Report on vaccination in Madras 1877-1894 - 1877-1894
Year: 1877
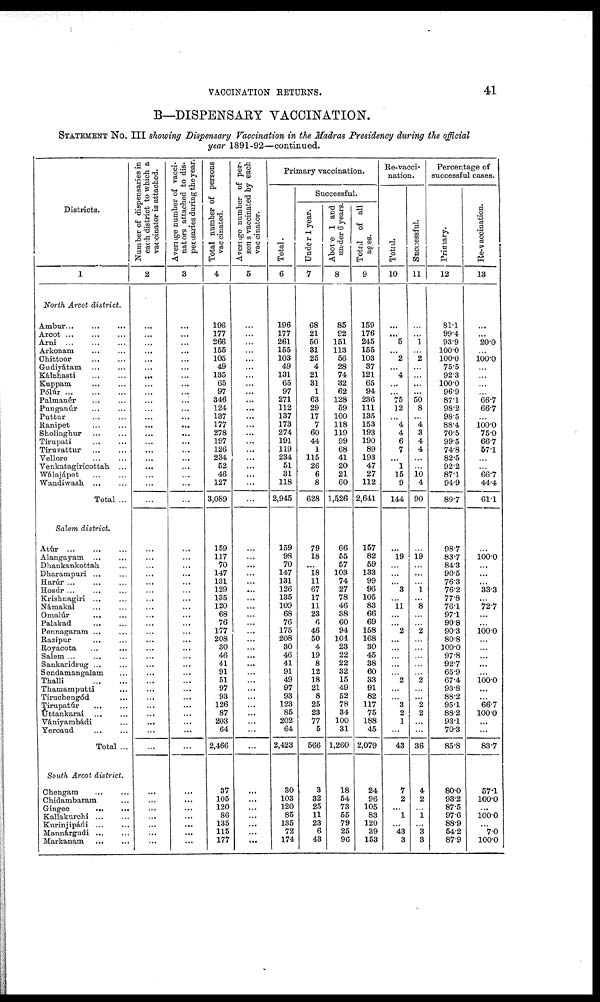
VACCINATION RETURNS.
41
B—DISPENSARY VACCINATION.
STATEMENT No. III showing Dispensary Vaccination in the Madras Presidency during the official
year 1891-92—continued.
Districts.
1
North Arcot district.
Ambur
...
...
...
Arcot
...
...
...
Arni ... ... ...
Arkonam
...
...
Chittoor
...
...
Gudiyátam
...
...
Kálahasti
...
...
Kuppam
...
...
Pólúr
...
...
...
Palmanér ... ...
Punganúr ... ...
Puttur
...
...
Ranipet
...
...
Sholinghur
...
...
Tirupati ... ...
Tiruvattur
...
...
Vellore ... ...
Venkatagiricottah ...
Wálajápet
...
...
Wandiwash ... ...
Total ...
Salem district.
Atúr
...
...
...
Alangayam ... ...
Dhankankottah ...
Dharampuri ... ...
Harúr ... ... ...
Hosúr ... ... ...
Krishnagiri ... ...
Námakal ... ...
Omalúr
...
...
Palakad
...
...
Pennagaram ... ...
Razipur ... ...
Royacota
...
...
Salem ... ... ...
Sankaridrug ... ...
Sendamangalam ...
Thalli
...
...
Thamamputti ...
Tiruchengód ...
Tirupatúr ... ...
Uttankarai
...
...
Vániyambádi ...
Yercaud ... ...
Total ...
South Arcot district.
Chengam
...
...
Chidambaram ...
Gingee
...
...
Kallakurchi
...
...
Kurinjipádi
...
...
Mannárgudi
...
...
Markanam ... ...
Number of dispensaries in
each district to which a
vaccinator is attached.
2
...
...
...
...
...
...
...
...
...
...
...
...
...
...
...
...
...
...
...
...
...
...
...
...
...
...
...
...
...
...
...
...
...
...
...
...
...
...
...
...
...
...
...
...
...
...
...
...
...
...
...
...
Average number of vacci-
nators attached to dis-
pensaries during the year.
3
...
...
...
...
...
...
...
...
...
...
...
...
...
...
...
...
...
...
...
...
...
...
...
...
...
...
...
...
...
...
...
...
...
...
...
...
...
...
...
...
...
...
...
...
...
...
...
...
...
...
...
...
Total number of persons
vaccinated.
4
196
177
266
155
105
49
135
65
97
346
124
137
177
278
197
126
234
52
46
127
3,089
159
117
70
147
131
129
135
120
68
76
177
208
30
46
41
91
51
97
93
126
87
203
64
2,466
37
105
120
86
135
115
177
Average number of per-
sons vaccinated by each
vaccinator.
5
...
...
...
...
...
...
...
...
...
...
...
...
...
...
...
...
...
...
...
...
...
...
...
...
...
...
...
...
...
...
...
...
...
...
...
...
...
...
...
...
...
...
...
...
...
...
...
...
...
...
...
...
Primary vaccination.
Total.
6
196
177
261
155
103
49
131
65
97
271
112
137
173
274
191
119
234
51
31
118
2,945
159
98
70
147
131
126
135
109
68
76
175
208
30
46
41
91
49
97
93
123
85
202
64
2,423
30
103
120
85
135
72
174
Successful.
Under 1 year.
7
68
21
50
31
25
4
21
31
1
63
29
17
7
60
44
1
115
26
6
8
628
79
18
...
18
11
67
17
11
23
6
46
50
4
19
8
12
18
21
8
25
23
77
5
566
3
32
25
11
23
6
43
Above 1 and
under 6 years.
8
85
92
151
113
56
28
74
32
62
128
59
100
118
119
99
68
41
20
21
60
1,526
66
55
57
103
74
27
78
46
38
60
94
104
23
22
22
32
15
49
52
78
34
100
31
1,260
18
54
73
55
79
25
96
Total of all
ages.
9
159
176
245
155
103
37
121
65
94
236
111
135
153
193
190
89
193
47
27
112
2,641
157
82
59
133
99
96
105
83
66
69
158
168
30
45
38
60
33
91
82
117
75
188
45
2,079
24
96
105
83
120
39
153
Re-vacci-
nation.
Total.
10
...
...
5
...
2
...
4
...
...
75
12
...
4
4
6
7
...
1
15
9
144
...
19
...
...
... 3
...
11
...
...
2
...
...
...
...
...
2
...
...
3
2
1
...
43
7
2
...
1
...
43
3
Successful.
11
...
...
1
...
2
...
...
...
...
50
8
...
4
3
4
4
...
...
10
4
90
...
19
...
...
...
1
...
8
...
...
2
...
...
...
...
...
2
...
...
2
2
...
...
36
4
2
...
1
...
3
3
Percentage of
successful cases.
Primary.
12
81.1
99.4
93.9
100.0
100.0
75.5
92.3
100.0
96.9
87.1
98.2
98.5
88.4
70.5
99.5
74.8
82.5
92.2
87.1
94.9
89.7
98.7
83.7
84.3
90.5
76.3
76.2
77.8
76.1
97.1
90.8
90.3
80.8
100.0
97.8
92.7
65.9
67.4
93.8
88.2
95.1
88.2
93.1
70.3
85.8
80.0
93.2
87.5
97.6
88.9
54.2
87.9
Re-vaccination.
13
...
...
20.0
...
100.0
...
...
...
...
66.7
66.7
...
100.0
75.0
66.7
57.1
...
...
66.7
44.4
61.1
...
100.0
...
...
...
33.3
...
72.7
...
...
100.0
...
...
...
...
...
100.0
...
...
66.7
100.0
...
...
83.7
57.1
100.0
...
100.0
...
7.0
100.0